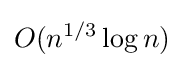
O(n^{1/3}\log n)